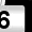
Digit: 6